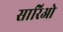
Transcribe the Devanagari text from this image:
सारिओ